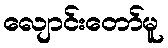
လျောင်းတော်မူ